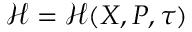
\mathcal { H } = \mathcal { H } ( \ensuremath { \boldsymbol { X } } , \ensuremath { \boldsymbol { P } } , \tau )